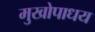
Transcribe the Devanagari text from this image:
मुखोपाधय